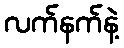
လက်နက်နဲ့